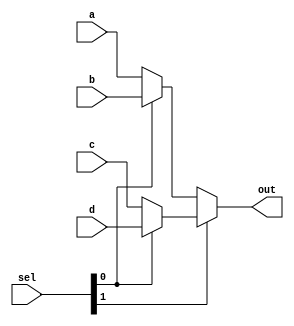
`timescale 1ns / 1ps
//////////////////////////////////////////////////////////////////////////////////
// Company: 
// Engineer: 
// 
// Design Name: 
// Module Name: mux4to1_4bit
// Project Name: 
// Target Devices: 
// Tool Versions: 
// Description: 
// 
// Dependencies: 
// 
// Revision:
// Revision 0.01 - File Created
// Additional Comments:
// 
//////////////////////////////////////////////////////////////////////////////////


module mux4to1_Nbit #(parameter N = 4) (
    output [N-1:0] out,
    input [N-1:0] a,
    input [N-1:0] b,
    input [N-1:0] c,
    input [N-1:0] d,
    input [N-1:0] sel
    );
    
    assign out = sel[1] ? (sel[0] ? d : c) : (sel[0] ? b : a);
endmodule